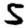
Digit: 5